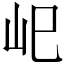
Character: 𡵆